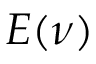
E ( \nu )